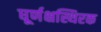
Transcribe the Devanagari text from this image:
घूर्णक्षस्थिरक